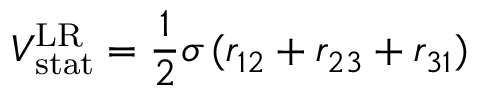
V _ { \mathrm { s t a t } } ^ { \mathrm { L R } } = \frac { 1 } { 2 } \sigma \, ( r _ { 1 2 } + r _ { 2 3 } + r _ { 3 1 } )